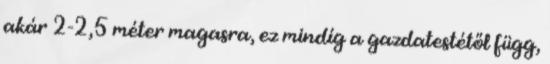
akár 2-2,5 méter magasra, ez mindíg a gazdatestétől függ,